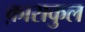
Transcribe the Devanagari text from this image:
क़ाराकुल